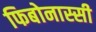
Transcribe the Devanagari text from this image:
फिबोनास्सी